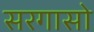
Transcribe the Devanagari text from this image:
सरगासो